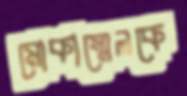
মোকাম্মেলকে